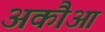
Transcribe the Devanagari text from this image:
अकौआ